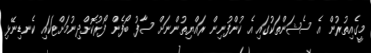
މީގެއިތުރުން އެ ސެޝަންތަކުގައި އެ ކުންފުނިން ރައްޔިތުންނަށް ސާފު ބޯފެން ފޯރުކޮށްދިނުމަށްޓަކައި ކެނޑިނޭޅި